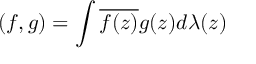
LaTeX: ( f , g ) = \int \overline { { { f ( z ) } } } g ( z ) d \lambda ( z )